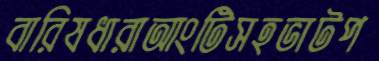
বারিষধারাআংটিসহভাটপ